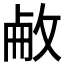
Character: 𢽋